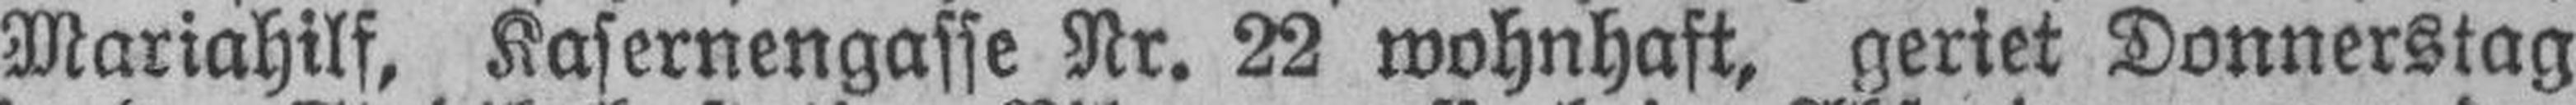
Mariahilf, Kasernengasse Nr. 22 wohnhaft, geriet Donnerstag